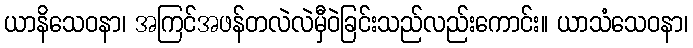
ယာနိသေဝနာ၊ အကြင်အဖန်တလဲလဲမှီဝဲခြင်းသည်လည်းကောင်း။ ယာသံသေဝနာ၊